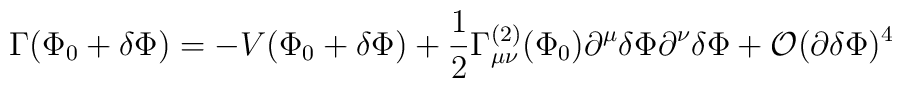
\Gamma(\Phi_0+\delta\Phi)=-V(\Phi_0+\delta\Phi)    +\frac{1}{2}\Gamma_{\mu\nu}^{(2)}(\Phi_0) \partial^\mu \delta\Phi    \partial^\nu \delta\Phi +{\cal O}(\partial \delta\Phi)^4